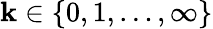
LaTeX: \mathbf{k}\in\{ 0,1,\ldots,\infty\}